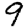
Digit: 9